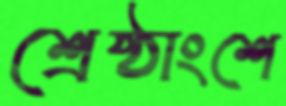
শ্রেষ্ঠাংশে